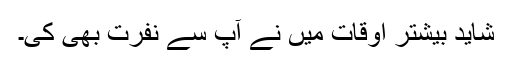
شاید بیشتر اوقات میں نے آپ سے نفرت بھی کی۔